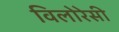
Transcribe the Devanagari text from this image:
विलोरेसी